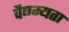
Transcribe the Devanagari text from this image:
वैषम्यता